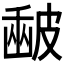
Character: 𥀉